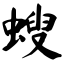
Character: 螋